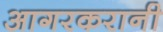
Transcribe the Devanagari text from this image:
आगरकरानी